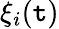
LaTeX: \xi_{i}(\mathtt{t})